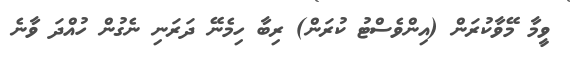
ވީމާ މޭވާކުރަން (އިންވެސްޓު ކުރަން) ރިބާ ހިމެނޭ ދަރަނި ނެގުން ހުއްދަ ވާނެ